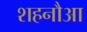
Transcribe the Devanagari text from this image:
शहनौआ